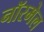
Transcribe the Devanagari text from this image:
नॉरमेल